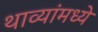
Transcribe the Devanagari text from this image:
थाव्यांमध्ये